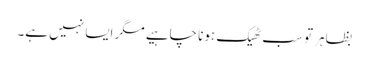
بظاہر تو سب ٹھیک ہونا چاہیے مگر ایسا نہیں ہے۔